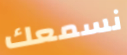
نسمعك